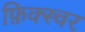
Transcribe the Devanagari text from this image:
फ़िक्स्चर